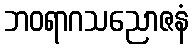
ဘဝရာဂသညောဇနံ